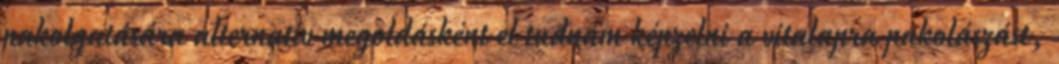
pakolgatására alternatív megoldásként el tudnám képzelni a vitalapra pakolászást,